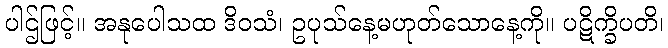
ပါဌ်ဖြင့်။ အနုပေါသထ ဒိဝသံ၊ ဥပုသ်နေ့မဟုတ်သောနေ့ကို။ ပဋိက္ခိပတိ၊